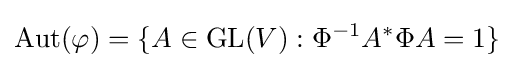
\operatorname {Aut} (\varphi )=\{A\in \operatorname {GL} (V):\Phi ^{-1}A^{*}\Phi A=1\}